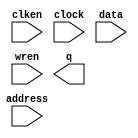
// megafunction wizard: %RAM: 1-PORT%VBB%
// GENERATION: STANDARD
// VERSION: WM1.0
// MODULE: altsyncram 

// ============================================================
// Megafunction Name(s):
// 			altsyncram
//
// Simulation Library Files(s):
// 			altera_mf
// ============================================================
// ************************************************************
// THIS IS A WIZARD-GENERATED FILE. DO NOT EDIT THIS FILE!
//
// 9.0 Build 132 02/25/2009 SJ Web Edition
// ************************************************************

//Copyright (C) 1991-2009 Altera Corporation
//Your use of Altera Corporation's design tools, logic functions 
//and other software and tools, and its AMPP partner logic 
//functions, and any output files from any of the foregoing 
//(including device programming or simulation files), and any 
//associated documentation or information are expressly subject 
//to the terms and conditions of the Altera Program License 
//Subscription Agreement, Altera MegaCore Function License 
//Agreement, or other applicable license agreement, including, 
//without limitation, that your use is for the sole purpose of 
//programming logic devices manufactured by Altera and sold by 
//Altera or its authorized distributors.  Please refer to the 
//applicable agreement for further details.

module RAM (
	address,
	clken,
	clock,
	data,
	wren,
	q);

	input	[12:0]  address;
	input	  clken;
	input	  clock;
	input	[7:0]  data;
	input	  wren;
	output	[7:0]  q;

endmodule

// ============================================================
// CNX file retrieval info
// ============================================================
// Retrieval info: PRIVATE: ADDRESSSTALL_A NUMERIC "0"
// Retrieval info: PRIVATE: AclrAddr NUMERIC "0"
// Retrieval info: PRIVATE: AclrByte NUMERIC "0"
// Retrieval info: PRIVATE: AclrData NUMERIC "0"
// Retrieval info: PRIVATE: AclrOutput NUMERIC "0"
// Retrieval info: PRIVATE: BYTE_ENABLE NUMERIC "0"
// Retrieval info: PRIVATE: BYTE_SIZE NUMERIC "8"
// Retrieval info: PRIVATE: BlankMemory NUMERIC "1"
// Retrieval info: PRIVATE: CLOCK_ENABLE_INPUT_A NUMERIC "1"
// Retrieval info: PRIVATE: CLOCK_ENABLE_OUTPUT_A NUMERIC "1"
// Retrieval info: PRIVATE: Clken NUMERIC "1"
// Retrieval info: PRIVATE: DataBusSeparated NUMERIC "1"
// Retrieval info: PRIVATE: IMPLEMENT_IN_LES NUMERIC "0"
// Retrieval info: PRIVATE: INIT_FILE_LAYOUT STRING "PORT_A"
// Retrieval info: PRIVATE: INIT_TO_SIM_X NUMERIC "0"
// Retrieval info: PRIVATE: INTENDED_DEVICE_FAMILY STRING "Stratix II"
// Retrieval info: PRIVATE: JTAG_ENABLED NUMERIC "0"
// Retrieval info: PRIVATE: JTAG_ID STRING "NONE"
// Retrieval info: PRIVATE: MAXIMUM_DEPTH NUMERIC "0"
// Retrieval info: PRIVATE: MIFfilename STRING ""
// Retrieval info: PRIVATE: NUMWORDS_A NUMERIC "8192"
// Retrieval info: PRIVATE: RAM_BLOCK_TYPE NUMERIC "0"
// Retrieval info: PRIVATE: READ_DURING_WRITE_MODE_PORT_A NUMERIC "3"
// Retrieval info: PRIVATE: RegAddr NUMERIC "1"
// Retrieval info: PRIVATE: RegData NUMERIC "1"
// Retrieval info: PRIVATE: RegOutput NUMERIC "1"
// Retrieval info: PRIVATE: SYNTH_WRAPPER_GEN_POSTFIX STRING "0"
// Retrieval info: PRIVATE: SingleClock NUMERIC "1"
// Retrieval info: PRIVATE: UseDQRAM NUMERIC "1"
// Retrieval info: PRIVATE: WRCONTROL_ACLR_A NUMERIC "0"
// Retrieval info: PRIVATE: WidthAddr NUMERIC "13"
// Retrieval info: PRIVATE: WidthData NUMERIC "8"
// Retrieval info: PRIVATE: rden NUMERIC "0"
// Retrieval info: CONSTANT: CLOCK_ENABLE_INPUT_A STRING "NORMAL"
// Retrieval info: CONSTANT: CLOCK_ENABLE_OUTPUT_A STRING "NORMAL"
// Retrieval info: CONSTANT: INTENDED_DEVICE_FAMILY STRING "Stratix II"
// Retrieval info: CONSTANT: LPM_HINT STRING "ENABLE_RUNTIME_MOD=NO"
// Retrieval info: CONSTANT: LPM_TYPE STRING "altsyncram"
// Retrieval info: CONSTANT: NUMWORDS_A NUMERIC "8192"
// Retrieval info: CONSTANT: OPERATION_MODE STRING "SINGLE_PORT"
// Retrieval info: CONSTANT: OUTDATA_ACLR_A STRING "NONE"
// Retrieval info: CONSTANT: OUTDATA_REG_A STRING "CLOCK0"
// Retrieval info: CONSTANT: POWER_UP_UNINITIALIZED STRING "FALSE"
// Retrieval info: CONSTANT: WIDTHAD_A NUMERIC "13"
// Retrieval info: CONSTANT: WIDTH_A NUMERIC "8"
// Retrieval info: CONSTANT: WIDTH_BYTEENA_A NUMERIC "1"
// Retrieval info: USED_PORT: address 0 0 13 0 INPUT NODEFVAL address[12..0]
// Retrieval info: USED_PORT: clken 0 0 0 0 INPUT NODEFVAL clken
// Retrieval info: USED_PORT: clock 0 0 0 0 INPUT NODEFVAL clock
// Retrieval info: USED_PORT: data 0 0 8 0 INPUT NODEFVAL data[7..0]
// Retrieval info: USED_PORT: q 0 0 8 0 OUTPUT NODEFVAL q[7..0]
// Retrieval info: USED_PORT: wren 0 0 0 0 INPUT NODEFVAL wren
// Retrieval info: CONNECT: @address_a 0 0 13 0 address 0 0 13 0
// Retrieval info: CONNECT: q 0 0 8 0 @q_a 0 0 8 0
// Retrieval info: CONNECT: @clock0 0 0 0 0 clock 0 0 0 0
// Retrieval info: CONNECT: @clocken0 0 0 0 0 clken 0 0 0 0
// Retrieval info: CONNECT: @data_a 0 0 8 0 data 0 0 8 0
// Retrieval info: CONNECT: @wren_a 0 0 0 0 wren 0 0 0 0
// Retrieval info: LIBRARY: altera_mf altera_mf.altera_mf_components.all
// Retrieval info: GEN_FILE: TYPE_NORMAL RAM.v TRUE
// Retrieval info: GEN_FILE: TYPE_NORMAL RAM.inc TRUE
// Retrieval info: GEN_FILE: TYPE_NORMAL RAM.cmp FALSE
// Retrieval info: GEN_FILE: TYPE_NORMAL RAM.bsf TRUE
// Retrieval info: GEN_FILE: TYPE_NORMAL RAM_inst.v FALSE
// Retrieval info: GEN_FILE: TYPE_NORMAL RAM_bb.v TRUE
// Retrieval info: GEN_FILE: TYPE_NORMAL RAM_waveforms.html TRUE
// Retrieval info: GEN_FILE: TYPE_NORMAL RAM_wave*.jpg FALSE
// Retrieval info: LIB_FILE: altera_mf